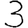
Digit: 3